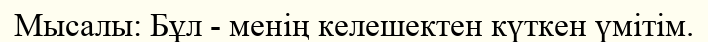
Мысалы: Бұл - менің келешектен күткен үмітім.